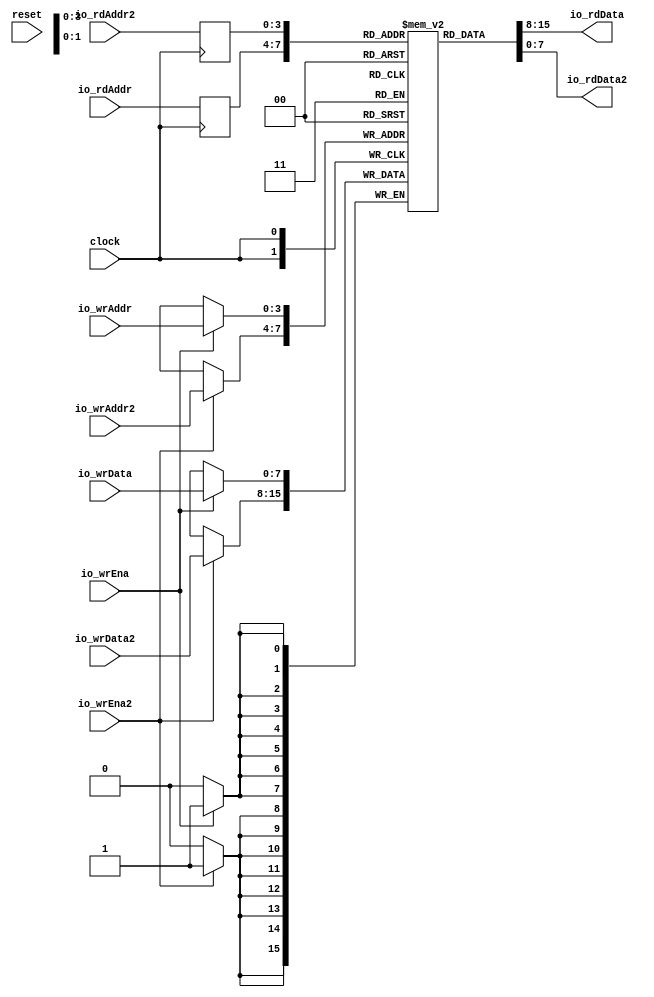
module Complex2R2WSMem( // @[:@3.2]
  input        clock, // @[:@4.4]
  input        reset, // @[:@5.4]
  input  [3:0] io_rdAddr, // @[:@6.4]
  output [7:0] io_rdData, // @[:@6.4]
  input  [3:0] io_rdAddr2, // @[:@6.4]
  output [7:0] io_rdData2, // @[:@6.4]
  input        io_wrEna, // @[:@6.4]
  input  [7:0] io_wrData, // @[:@6.4]
  input  [3:0] io_wrAddr, // @[:@6.4]
  input        io_wrEna2, // @[:@6.4]
  input  [7:0] io_wrData2, // @[:@6.4]
  input  [3:0] io_wrAddr2 // @[:@6.4]
);
`ifdef RANDOMIZE_MEM_INIT
  reg [31:0] _RAND_0;
`endif // RANDOMIZE_MEM_INIT
`ifdef RANDOMIZE_REG_INIT
  reg [31:0] _RAND_1;
  reg [31:0] _RAND_2;
`endif // RANDOMIZE_REG_INIT
  reg [7:0] mem [0:15]; // @[Complex2R2WSMem.scala 21:24:@8.4]
  wire  mem__T_27_en; // @[Complex2R2WSMem.scala 21:24:@8.4]
  wire [3:0] mem__T_27_addr; // @[Complex2R2WSMem.scala 21:24:@8.4]
  wire [7:0] mem__T_27_data; // @[Complex2R2WSMem.scala 21:24:@8.4]
  wire  mem__T_28_en; // @[Complex2R2WSMem.scala 21:24:@8.4]
  wire [3:0] mem__T_28_addr; // @[Complex2R2WSMem.scala 21:24:@8.4]
  wire [7:0] mem__T_28_data; // @[Complex2R2WSMem.scala 21:24:@8.4]
  wire [7:0] mem__T_29_data; // @[Complex2R2WSMem.scala 21:24:@8.4]
  wire [3:0] mem__T_29_addr; // @[Complex2R2WSMem.scala 21:24:@8.4]
  wire  mem__T_29_mask; // @[Complex2R2WSMem.scala 21:24:@8.4]
  wire  mem__T_29_en; // @[Complex2R2WSMem.scala 21:24:@8.4]
  wire [7:0] mem__T_30_data; // @[Complex2R2WSMem.scala 21:24:@8.4]
  wire [3:0] mem__T_30_addr; // @[Complex2R2WSMem.scala 21:24:@8.4]
  wire  mem__T_30_mask; // @[Complex2R2WSMem.scala 21:24:@8.4]
  wire  mem__T_30_en; // @[Complex2R2WSMem.scala 21:24:@8.4]
  reg [3:0] mem__T_27_addr_pipe_0;
  reg [3:0] mem__T_28_addr_pipe_0;
  assign mem__T_27_en = 1'h1;
  assign mem__T_27_addr = mem__T_27_addr_pipe_0;
  assign mem__T_27_data = mem[mem__T_27_addr]; // @[Complex2R2WSMem.scala 21:24:@8.4]
  assign mem__T_28_en = 1'h1;
  assign mem__T_28_addr = mem__T_28_addr_pipe_0;
  assign mem__T_28_data = mem[mem__T_28_addr]; // @[Complex2R2WSMem.scala 21:24:@8.4]
  assign mem__T_29_data = io_wrData;
  assign mem__T_29_addr = io_wrAddr;
  assign mem__T_29_mask = 1'h1;
  assign mem__T_29_en = io_wrEna;
  assign mem__T_30_data = io_wrData2;
  assign mem__T_30_addr = io_wrAddr2;
  assign mem__T_30_mask = 1'h1;
  assign mem__T_30_en = io_wrEna2;
  assign io_rdData = mem__T_27_data; // @[Complex2R2WSMem.scala 49:13:@10.4]
  assign io_rdData2 = mem__T_28_data; // @[Complex2R2WSMem.scala 50:14:@12.4]
  always @(posedge clock) begin
    if (mem__T_29_en & mem__T_29_mask) begin
      mem[mem__T_29_addr] <= mem__T_29_data; // @[Complex2R2WSMem.scala 21:24:@8.4]
    end
    if (mem__T_30_en & mem__T_30_mask) begin
      mem[mem__T_30_addr] <= mem__T_30_data; // @[Complex2R2WSMem.scala 21:24:@8.4]
    end
    mem__T_27_addr_pipe_0 <= io_rdAddr;
    mem__T_28_addr_pipe_0 <= io_rdAddr2;
  end
// Register and memory initialization
`ifdef RANDOMIZE_GARBAGE_ASSIGN
`define RANDOMIZE
`endif
`ifdef RANDOMIZE_INVALID_ASSIGN
`define RANDOMIZE
`endif
`ifdef RANDOMIZE_REG_INIT
`define RANDOMIZE
`endif
`ifdef RANDOMIZE_MEM_INIT
`define RANDOMIZE
`endif
`ifndef RANDOM
`define RANDOM $random
`endif
`ifdef RANDOMIZE_MEM_INIT
  integer initvar;
`endif
`ifndef SYNTHESIS
`ifdef FIRRTL_BEFORE_INITIAL
`FIRRTL_BEFORE_INITIAL
`endif
initial begin
  `ifdef RANDOMIZE
    `ifdef INIT_RANDOM
      `INIT_RANDOM
    `endif
    `ifndef VERILATOR
      `ifdef RANDOMIZE_DELAY
        #`RANDOMIZE_DELAY begin end
      `else
        #0.002 begin end
      `endif
    `endif
`ifdef RANDOMIZE_MEM_INIT
  _RAND_0 = {1{`RANDOM}};
  for (initvar = 0; initvar < 16; initvar = initvar+1)
    mem[initvar] = _RAND_0[7:0];
`endif // RANDOMIZE_MEM_INIT
`ifdef RANDOMIZE_REG_INIT
  _RAND_1 = {1{`RANDOM}};
  mem__T_27_addr_pipe_0 = _RAND_1[3:0];
  _RAND_2 = {1{`RANDOM}};
  mem__T_28_addr_pipe_0 = _RAND_2[3:0];
`endif // RANDOMIZE_REG_INIT
  `endif // RANDOMIZE
end // initial
`ifdef FIRRTL_AFTER_INITIAL
`FIRRTL_AFTER_INITIAL
`endif
`endif // SYNTHESIS
endmodule